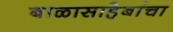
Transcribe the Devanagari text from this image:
बाळासाहेबांचा